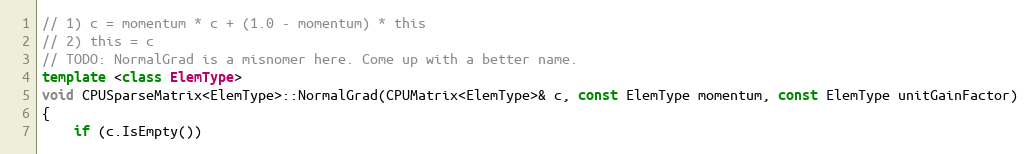
Language: C++
// 1) c = momentum * c + (1.0 - momentum) * this
// 2) this = c
// TODO: NormalGrad is a misnomer here. Come up with a better name.
template <class ElemType>
void CPUSparseMatrix<ElemType>::NormalGrad(CPUMatrix<ElemType>& c, const ElemType momentum, const ElemType unitGainFactor)
{
    if (c.IsEmpty())